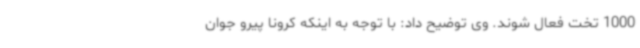
1000 تخت فعال شوند. وی توضیح داد: با توجه به اینکه کرونا پیرو جوان